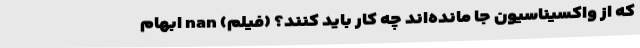
که از واکسیناسیون جا مانده‌اند چه کار باید کنند؟ (فیلم) nan ابهام